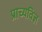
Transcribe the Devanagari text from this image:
प्राच्यविज्ञ